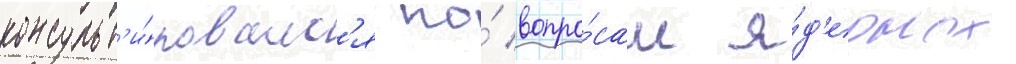
консульт'и́ровалс'я по́ вопро́сам я́д'ерных